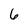
Character: 6